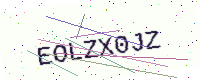
Text: EOLZX0JZ